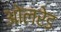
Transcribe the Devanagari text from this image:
ओलरेड